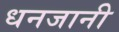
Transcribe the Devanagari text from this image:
धनजानी